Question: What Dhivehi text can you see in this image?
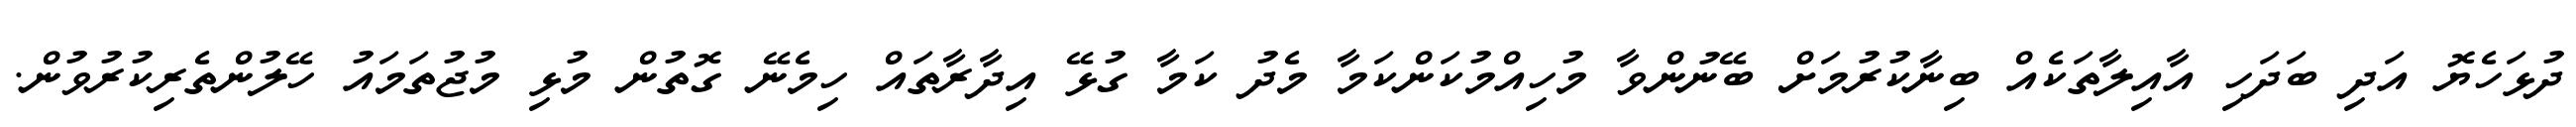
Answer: ދުޅަހެޔޮ އަދި ބަދަހި އާއިލާތަކެއް ބިނާކުރުމަށް ބޭނުންވާ މުހިއްމުކަންކަމާ މެދު ކަމާ ގުޅޭ އިދާރާތައް ހިމެނޭ ގޮތުން މުޅި މުޖުތަމައު ހޭލުންތެރިކުރުވުން.